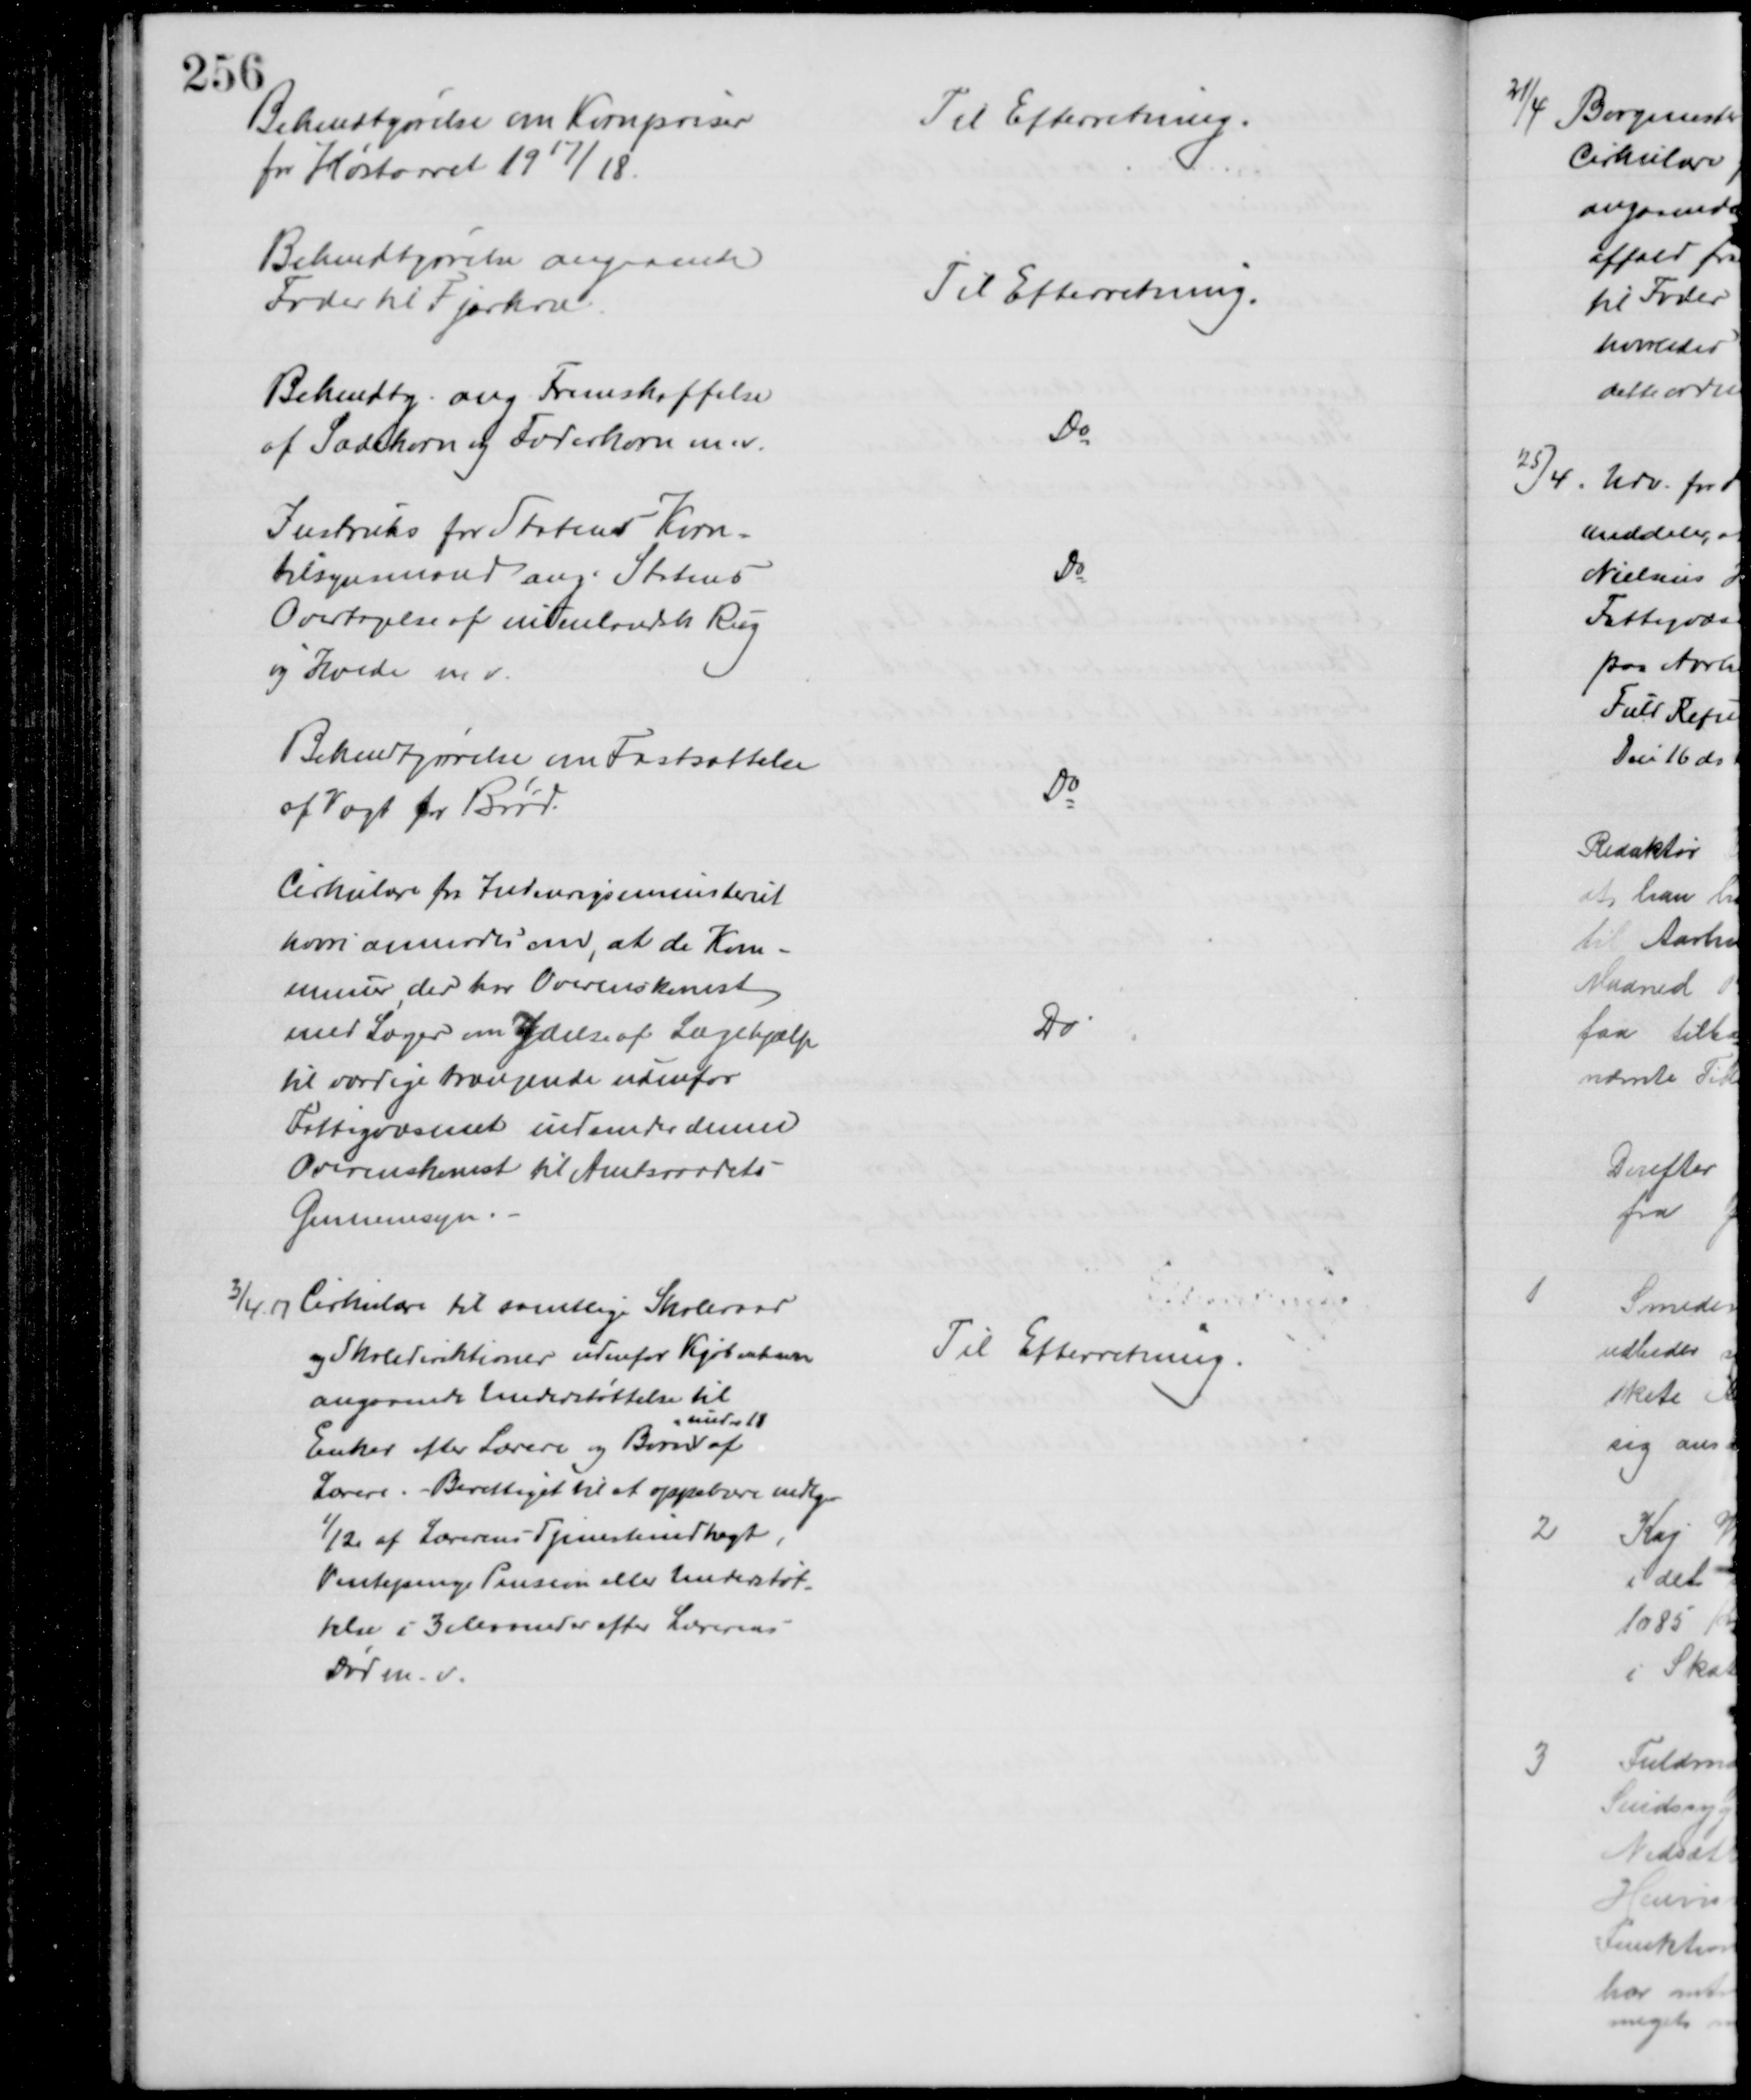
Transskription:
Bekendtgørelse om Kornpriser
for Høstaaret 1917/18.
Til Efterretning
Bekendtgørelse angaaende
Foder til Fjerkræ
Til Efterretning
Bekendtg. ang. Fremskaffelse
af Sædekorn og Foderkorn m.v.
Do
Instruks for Statens Korn-
tilsynsmand ang. Statens
Overtagelse af indenlandsk Rug
og Hvede m.v.
Do
Bekendtgørelse om Fastsættelse
af Vægt for Brød.
Do
Cirkulære fra Indenrigsministeriet
hvori anmodes om at de Kom-
muner, der har Overenskomst
med Læger om Ydelse af Lægehjælp
til værdige trængende udenfor
Fattigvæsenet indsender denne
Overenskomst til Amtsraadets
Gennemsyn.
Do
3/4 17 Cirkulære til samtlige Skoleraad
og Skoledirektioner udenfor Kjøbenhavn
angaaende Understøttelse til 
Enker efter Lærere og Børn 
under 18
af
Lærere. Berettiget til at oppebære mdlg.
1/12 af Lærerens Tjenesteindtægt,
Ventepenge Pension eller Understøt
telse i 3 Maaneder efter Lærerens
Død m. v.
Til Efterretning